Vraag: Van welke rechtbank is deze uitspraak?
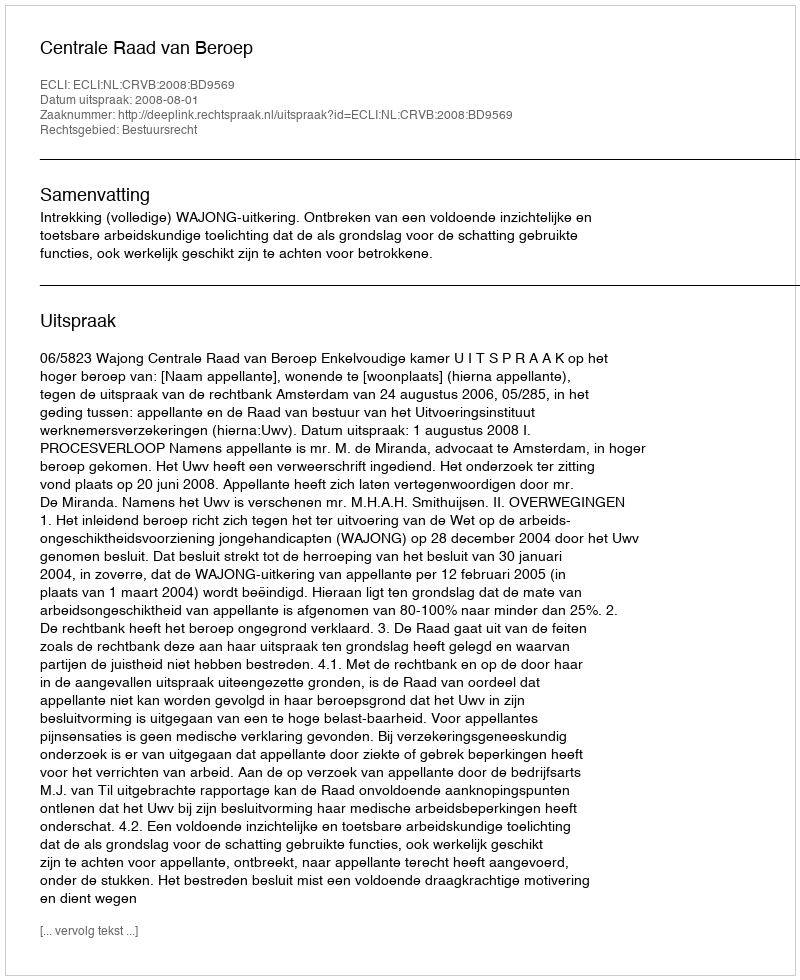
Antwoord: Centrale Raad van Beroep